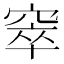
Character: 窣